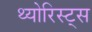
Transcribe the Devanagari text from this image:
थ्योरिस्ट्स